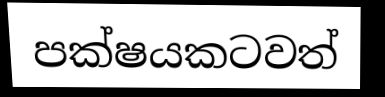
පක්ෂයකටවත්